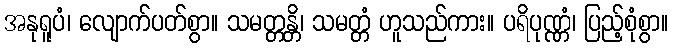
အနုရူပံ၊ လျောက်ပတ်စွာ။ သမတ္တန္တိ၊ သမတ္တံ ဟူသည်ကား။ ပရိပုဏ္ဏံ၊ ပြည့်စုံစွာ။